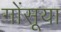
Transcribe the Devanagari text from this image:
गोंसूया